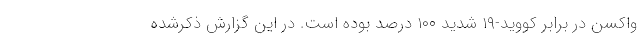
واکسن در برابر کووید-۱۹ شدید ۱۰۰ درصد بوده است. در این گزارش ذکرشده